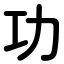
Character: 功